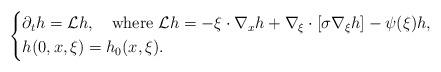
LaTeX: \begin{align*}\left\{\begin{aligned}&\partial_t h=\mathcal{L} h,\quad\mbox{where }\mathcal{L}h=-\xi\cdot \nabla_x h + \nabla_{\xi}\cdot[\sigma\nabla_{\xi}h]-\psi(\xi)h,\\&h(0,x,\xi)=h_0(x,\xi).\end{aligned}\right.\end{align*}